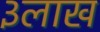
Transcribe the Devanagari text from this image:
३लाख